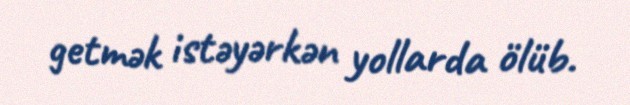
getmək istəyərkən yollarda ölüb.